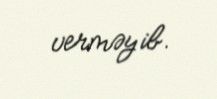
verməyib.